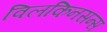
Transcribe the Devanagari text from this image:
विलकिनसन्स